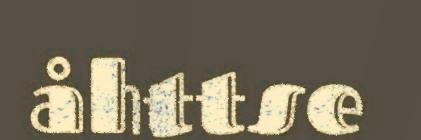
åhttse